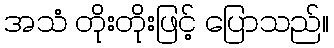
အသံ တိုးတိုးဖြင့် ပြောသည်။